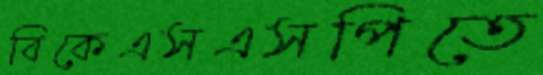
বিকেএসএসপিতে